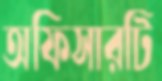
অফিসারটি